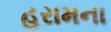
હરામના